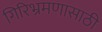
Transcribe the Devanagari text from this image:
गिरिभ्रमणासाठी